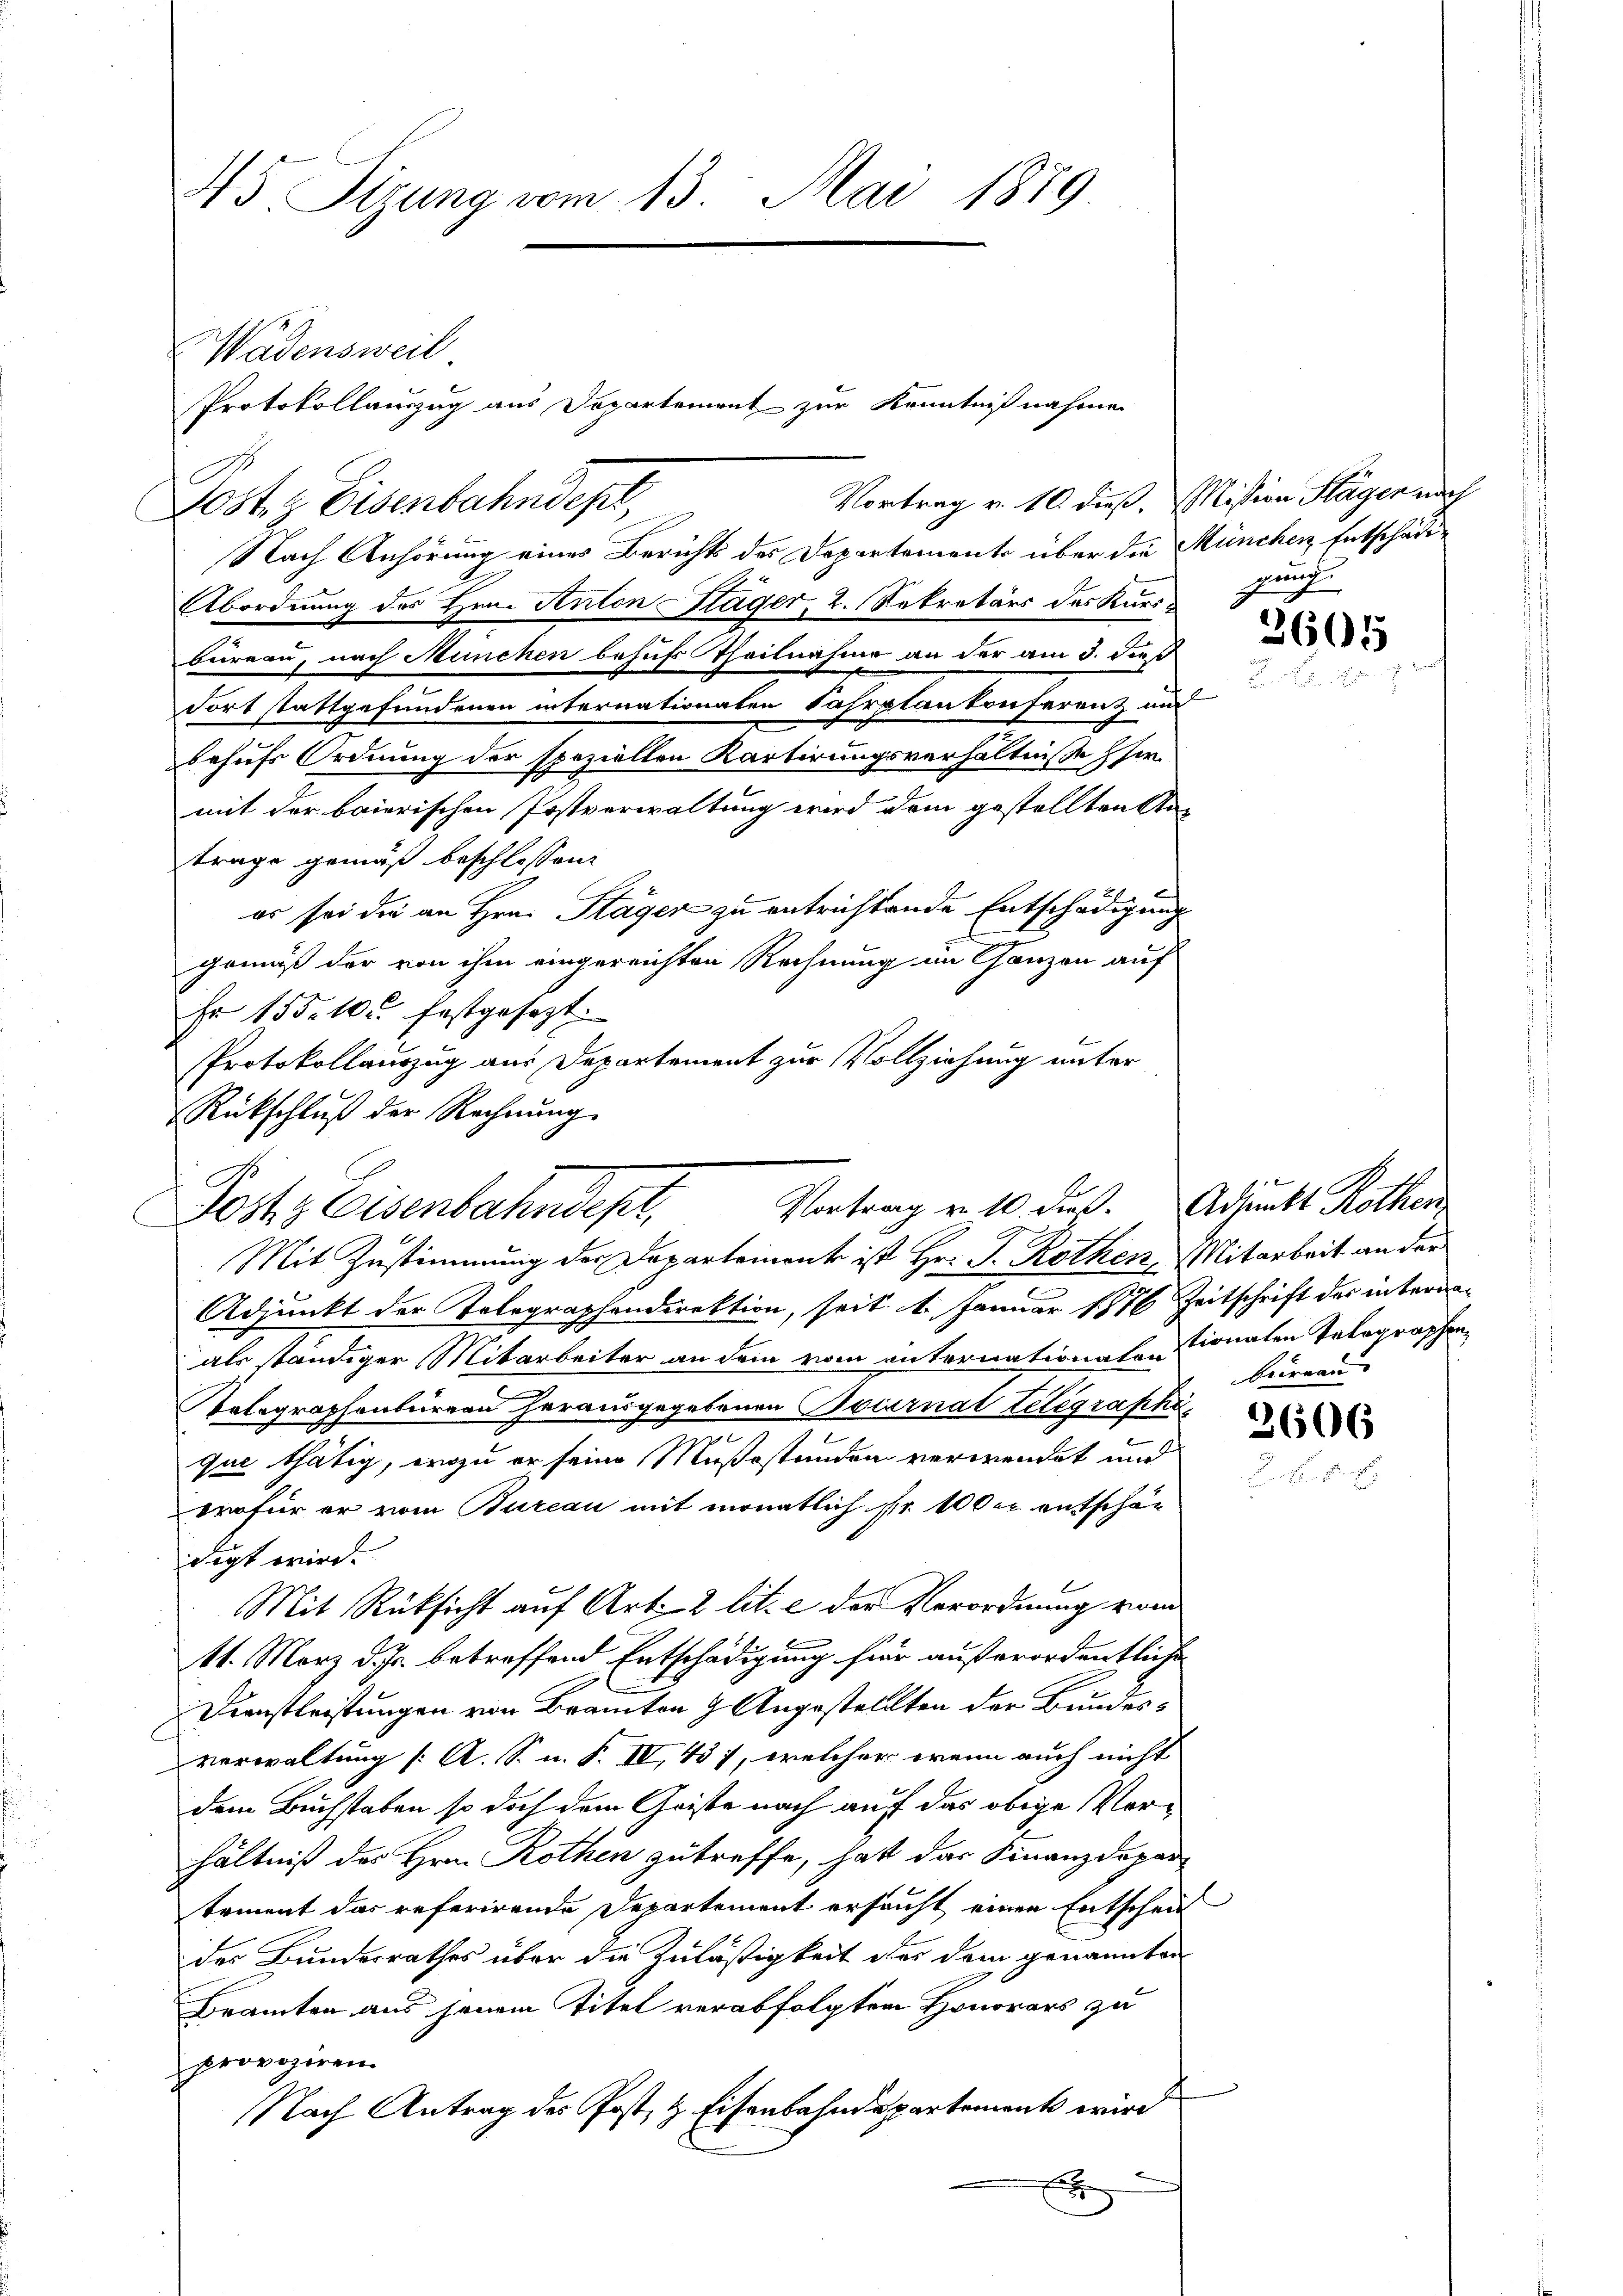
45 Sizung vom 13. Mai 1889

Wadensweil
Vortrag v. 10 dieß, Mission Kläger nach
Post. Eisenbahndept,
Nach Anhörung eines Berichts des Departements über die München Entschäfte
Abordnung des Hrn. Anton Stäger, 2. Sekretärs des Kursbureau, nach München behufs Theilnahme an der am 3. dieß
dort stattgefundenen internationaten Fahrplankonferenz and
behufs Ordnung der speziellen Kartirungsverhältnisse her
mit der baierischen Postverwaltung wird dem gestellten An-
trage gemäß beschlossen:
er sei die an Hrn. Stäger zu entrichtende Entschädigung
gemäß der von ihm eingereichten Rechnung im Ganzen auf
Er 155. 10. festgesezt.
Mit Zustimmung der Departeinant ist Hr. P. Rothen, Mitarbeit an der
Adjunkt der Telegraphendirektion, seit 1. Januar 1876 Zeitschrift der internaals ständiger Mitarbeiter an dem vom internationalentionalen Telegraphen¬
Telegraphenbureau herausgegebenen Baiernat telegraphi
que thätig, wozu er seine Mußeständen verwendet und
wofür er vom Bureau mit monatlich sie 100 er entschädigt wird.
Mit Rücksicht auf Art. 2 lit. c der Verordnung vom
11. März d. Js. betreffend Entschädigung für außerordentliche
Dienstleistungen von Branten Angestellten der Bundesverwaltung (: A. S. n. F. IV 437, welcher wenn auch nicht
dem Buchstaben so doch dem Geiste nach auf das obige Verhältniß des Hrn. Rothen zutreffe, hat das Finanzdepar
tement das referirende Departement ersucht einen Entschein
des Bundesrathes über die Zuläßigkeit des dem genannten
Bramten aus jenem Titel verabfolgten Honorars zu
provoziren.
Nach Antrag des Post, & Eisenbahndepartement wird
xx

Protokollauszug aus Departement zur Kenntnißnahmen

Protokollauszug aus Departement zur Vollziehung unter
Rückschluß der Rechnŭng.
Vortrag von 10. ds. Adjunkt Rothen
Jost, Eisenbahndept,

gang

3605

beirren

3606